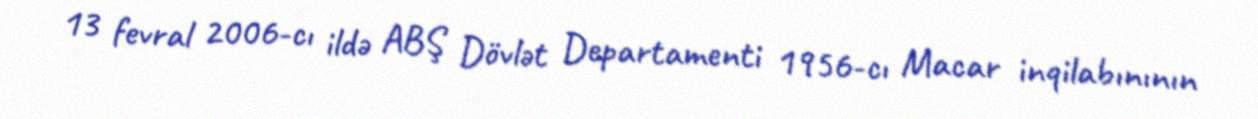
13 fevral 2006-cı ildə ABŞ Dövlət Departamenti 1956-cı Macar inqilabınının